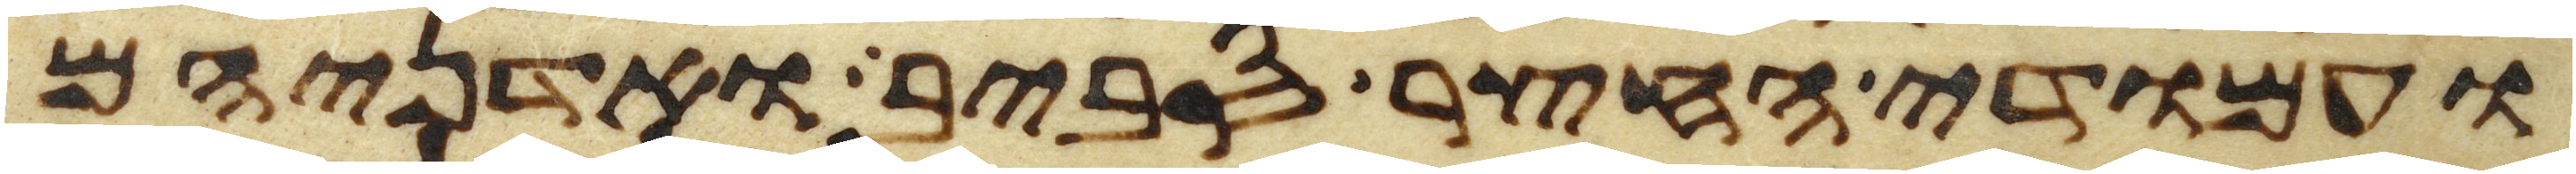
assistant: ועמודי החצר סביב ואדניהם